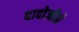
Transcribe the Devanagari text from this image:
दादोजीने